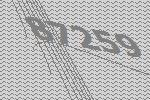
87259